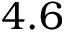
4 . 6